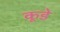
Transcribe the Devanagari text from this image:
कूडे